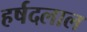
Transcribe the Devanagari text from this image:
हर्षदलाल